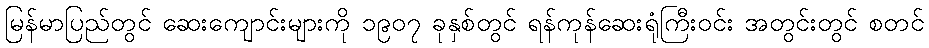
မြန်မာပြည်တွင် ဆေးကျောင်းများကို ၁၉၀၇ ခုနှစ်တွင် ရန်ကုန်ဆေးရုံကြီးဝင်း အတွင်းတွင် စတင်